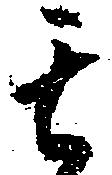
其